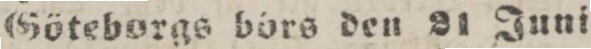
Göteborgs börs den 21 Juni.